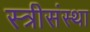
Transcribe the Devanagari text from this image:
स्त्रीसंस्था